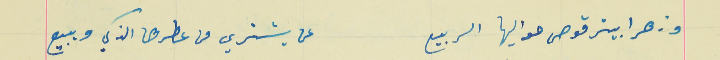
وزهرا بيترقوص حواليها الربيع                                عن يشتري من عطرها الذكي ويبيع